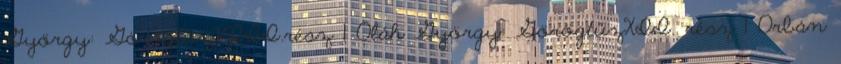
György: GörögtűzVIII.rész 1 Oláh György: GörögtűzXII. rész 1 Orbán